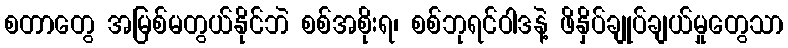
စတာတွေ အမြစ်မတွယ်နိုင်ဘဲ စစ်အစိုးရ၊ စစ်ဘုရင်ဝါဒနဲ့ ဖိနှိပ်ချုပ်ချယ်မှုတွေသာ